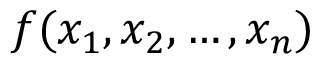
f ( x _ { 1 } , x _ { 2 } , \dots , x _ { n } )